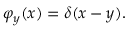
\varphi _ { y } ( x ) = \delta ( x - y ) .